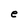
Character: e